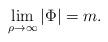
LaTeX: \begin{align*}\lim_{\rho\to \infty} \vert \Phi \vert = m.\end{align*}